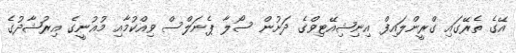
އޭގެ ތެރޭގައި ގްރީންލައިފް އިނިޝިއޭޓިވްގެ ދަށުން ސޯލާ ޕެނަލްސް ވިއްކުމާއި މުޣުނީގެ އިރުޝާދުގެ